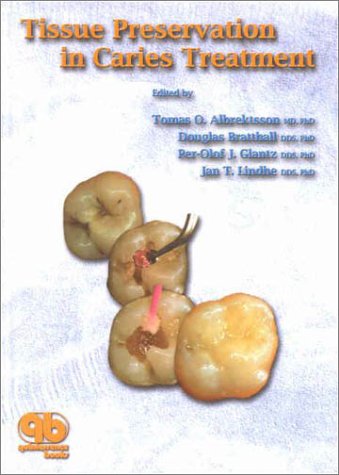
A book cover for Tissue Preservation in Caries Treatment; Tomas O. Albrektsson; Medical Books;